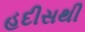
હદીસથી